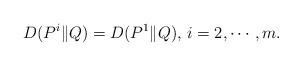
LaTeX: \begin{align*}D(P^i\|Q)=D(P^1\|Q),\,i=2,\cdots,m.\end{align*}